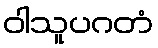
ဝါသူပဂတံ